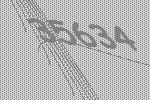
35634